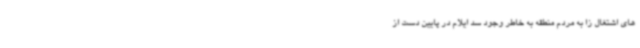
های اشتغال زا به مردم منطقه به خاطر وجود سد ایلام در پایین دست از